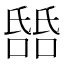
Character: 𬇎